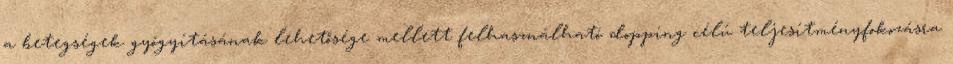
a betegségek gyógyításának lehetősége mellett felhasználható dopping célú teljesítményfokozásra